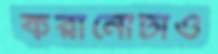
করানোটাও